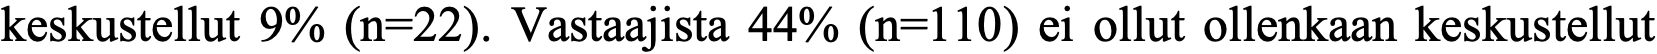
keskustellut 9% (n=22). Vastaajista 44% (n=110) ei ollut ollenkaan keskustellut